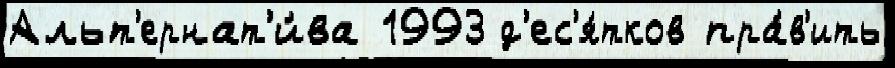
Альт'ернат'и́ва 1993 д'ес'я́тков пра́в'ить